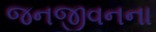
જનજીવનના